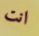
انت